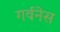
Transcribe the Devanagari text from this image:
गर्वनेस